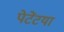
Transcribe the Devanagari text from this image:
पेटेंटया